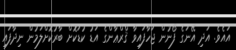
އައެވެ. އަދި އޭނަގެ ފޯނުން ޖަހާފައިވާ ޤްރްޢާންގެ އަޑު ކުޑަކޮށް ބާރުކޮށްލަމުން ނިދާފައި